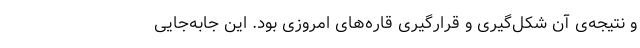
و نتیجه‌ی آن شکل‌گیری و قرارگیری قاره‌های امروزی بود. این جابه‌جایی